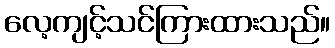
လေ့ကျင့်သင်ကြားထားသည်။